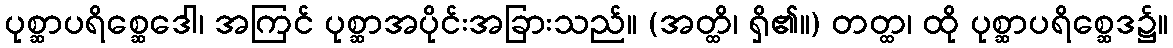
ပုစ္ဆာပရိစ္ဆေဒေါ၊ အကြင် ပုစ္ဆာအပိုင်းအခြားသည်။ (အတ္ထိ၊ ရှိ၏။) တတ္ထ၊ ထို ပုစ္ဆာပရိစ္ဆေဒ၌။